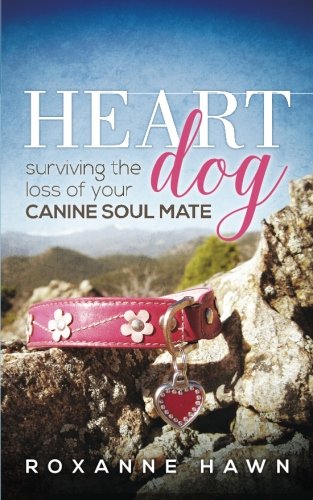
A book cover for Heart Dog: Surviving the Loss of Your Canine Soul Mate; Roxanne Hawn; Crafts, Hobbies & Home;